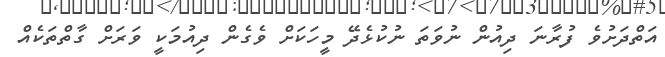
އަތްދަށުވެ ފުރާނަ ދިއުން ނުވަތަ ނުކުޅެދޭ މީހަކަށް ވެގެން ދިއުމަކީ ވަރަށް ގާތްތަކެއް